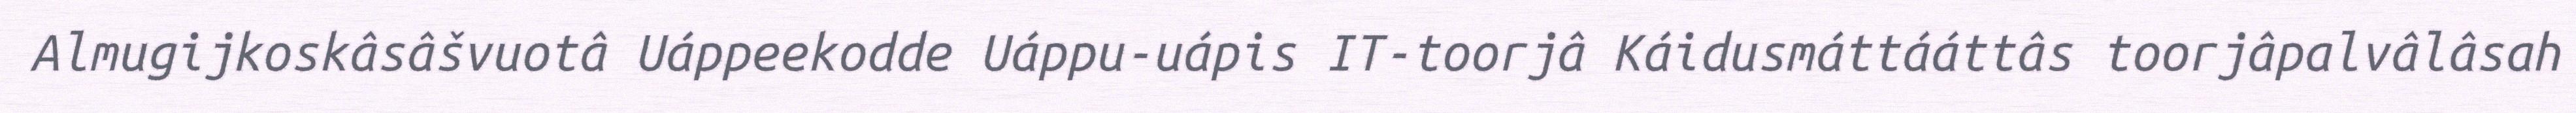
Almugijkoskâsâšvuotâ Uáppeekodde Uáppu-uápis IT-toorjâ Káidusmáttááttâs toorjâpalvâlâsah